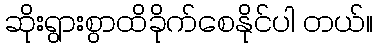
ဆိုးရွားစွာထိခိုက်စေနိုင်ပါ တယ်။